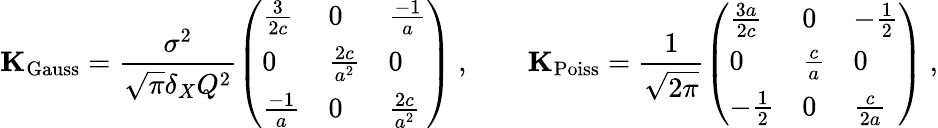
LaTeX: \mathbf{K}_{\mathrm{Gauss}}={\frac{\sigma^{2}}{{\sqrt{\pi}}\delta_{X}Q^{2}}}{\left(\begin{array}{lll}{{\frac{3}{2c}}}&{0}&{{\frac{-1}{a}}}\\ {0}&{{\frac{2c}{a^{2}}}}&{0}\\ {{\frac{-1}{a}}}&{0}&{{\frac{2c}{a^{2}}}}\end{array}\right)}\ ,\qquad\mathbf{K}_{\mathrm{Poiss}}={\frac{1}{\sqrt{2\pi}}}{\left(\begin{array}{lll}{{\frac{3a}{2c}}}&{0}&{-{\frac{1}{2}}}\\ {0}&{{\frac{c}{a}}}&{0}\\ {-{\frac{1}{2}}}&{0}&{{\frac{c}{2a}}}\end{array}\right)}\ ,